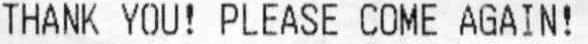
THANK YOU! PLEASE COME AGAIN!